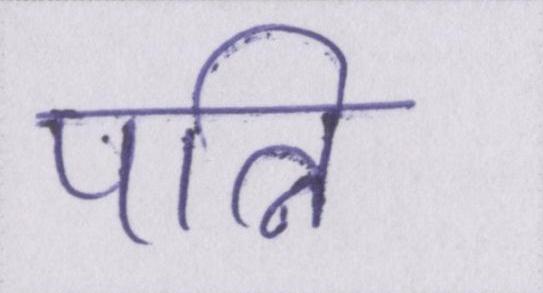
पत्नि